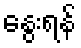
နွေးရန်